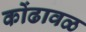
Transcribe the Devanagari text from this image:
कोंढावळ